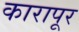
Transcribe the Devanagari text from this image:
कारापूर